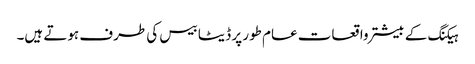
ہیکنگ کے بیشتر واقعات عام طور پر ڈیٹا بیس کی طرف ہوتے ہیں۔